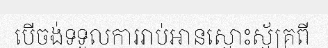
បើចង់ទទួលការរាប់អានស្មោះស្ម័គ្រពី